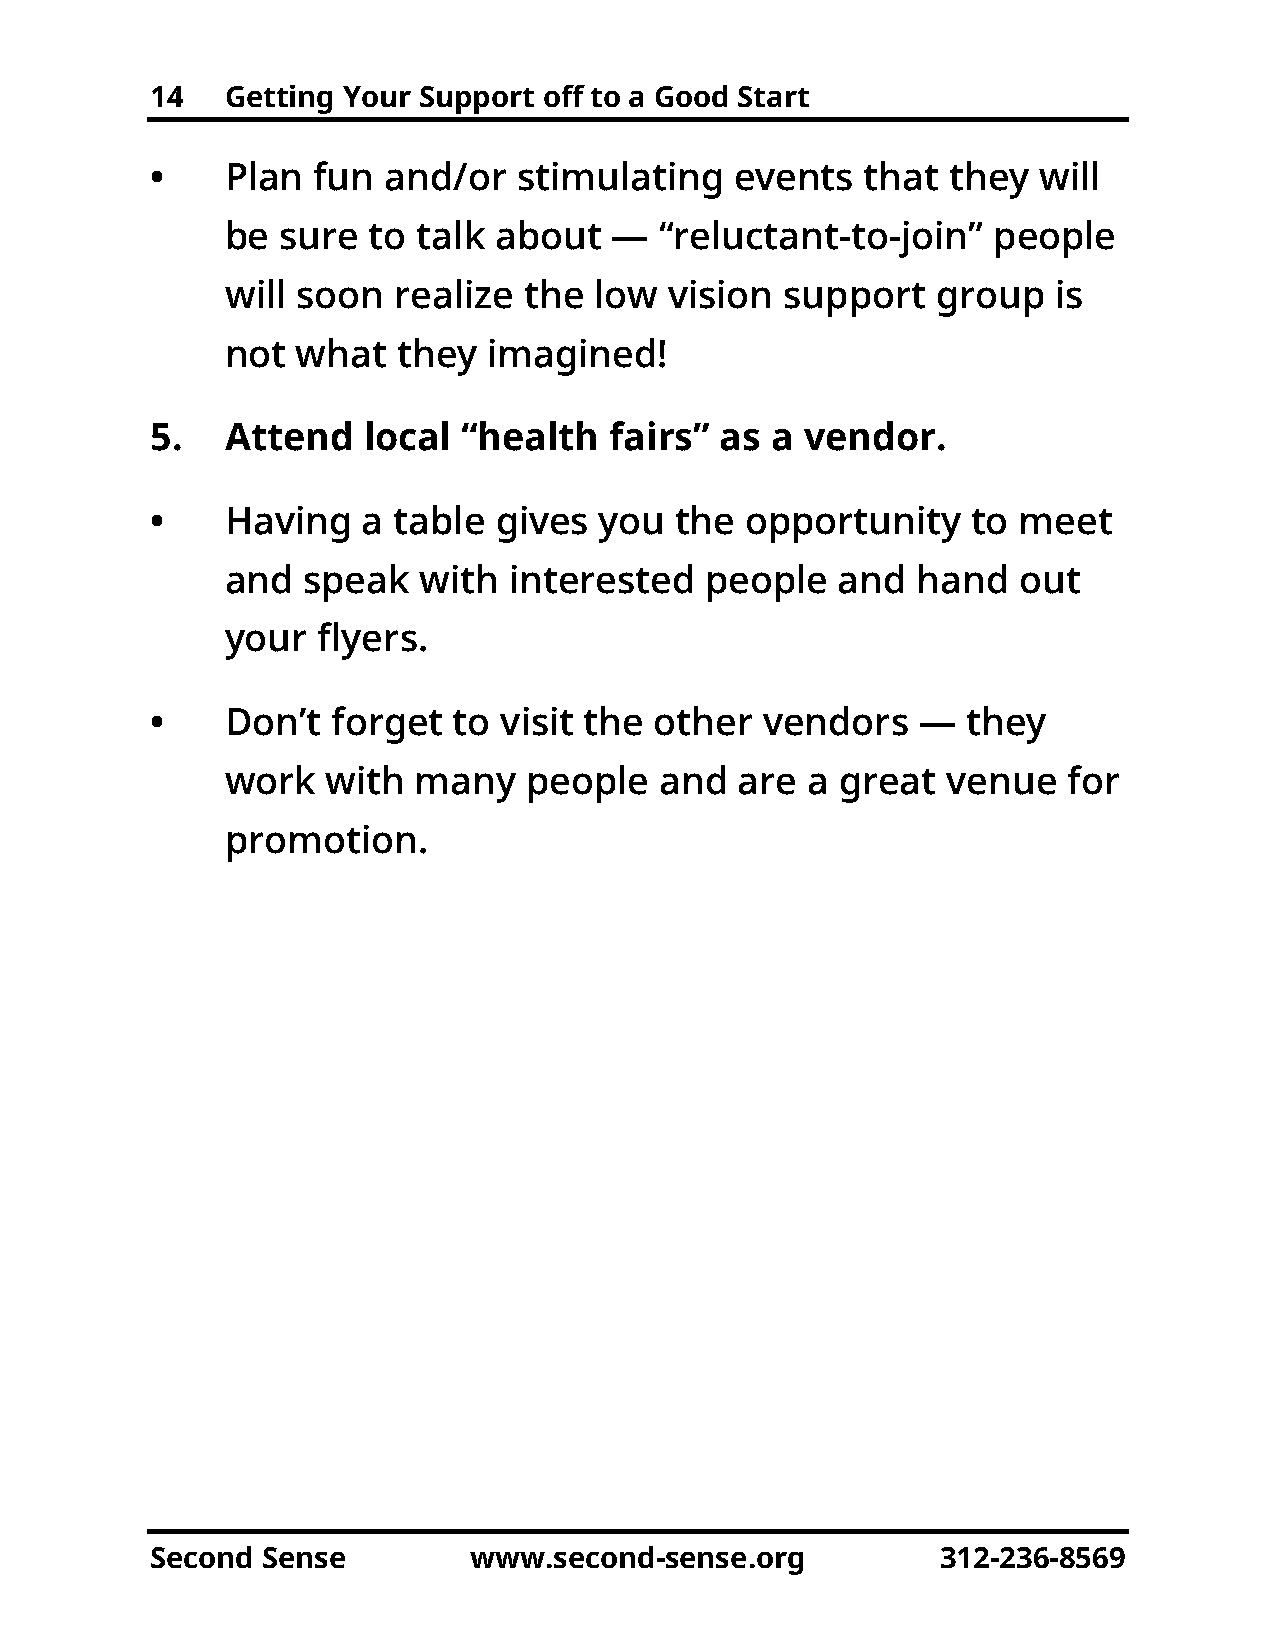
14   Getting Your Support off to a Good Start
 •    Plan  fun and/or   stimulating    events  that  they  will
 be  sure to  talk about  —   “reluctant-to-join”   people
 will soon  realize  the low  vision  support   group   is
 not  what  they  imagined!
 5.   Attend   local  “health  fairs”  as a vendor.
 •    Having   a table  gives  you  the opportunity    to meet
 and  speak   with  interested   people  and   hand  out
 your  flyers.
 •    Don’t  forget  to visit the other   vendors   —  they
 work   with  many   people   and  are a  great  venue   for
 promotion.
 Second Sense         www.second-sense.org           312-236-8569